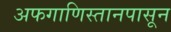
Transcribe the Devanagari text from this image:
अफगाणिस्तानपासून